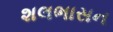
શલભાસન